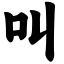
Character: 叫